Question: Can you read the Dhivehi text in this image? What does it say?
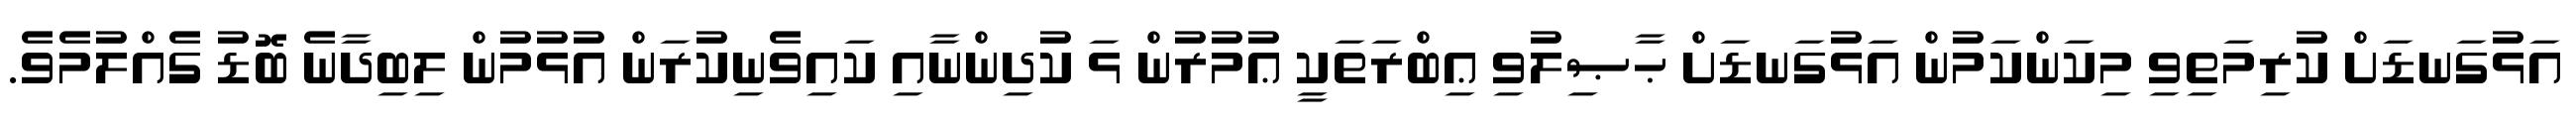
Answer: އަޅުގަނޑަށް ކުރިމަތިވި މިކަންކަމުން އަޅުގަނޑަށް ޙާޞިލުވި ޢިބްރަތަކީ ޢުމުރުން ޅަ ކުދިންނާއި ކައިވެނިކުރަން އުޅުމުން ލިބިދާނެ ބޮޑު ގެއްލުމެވެ.